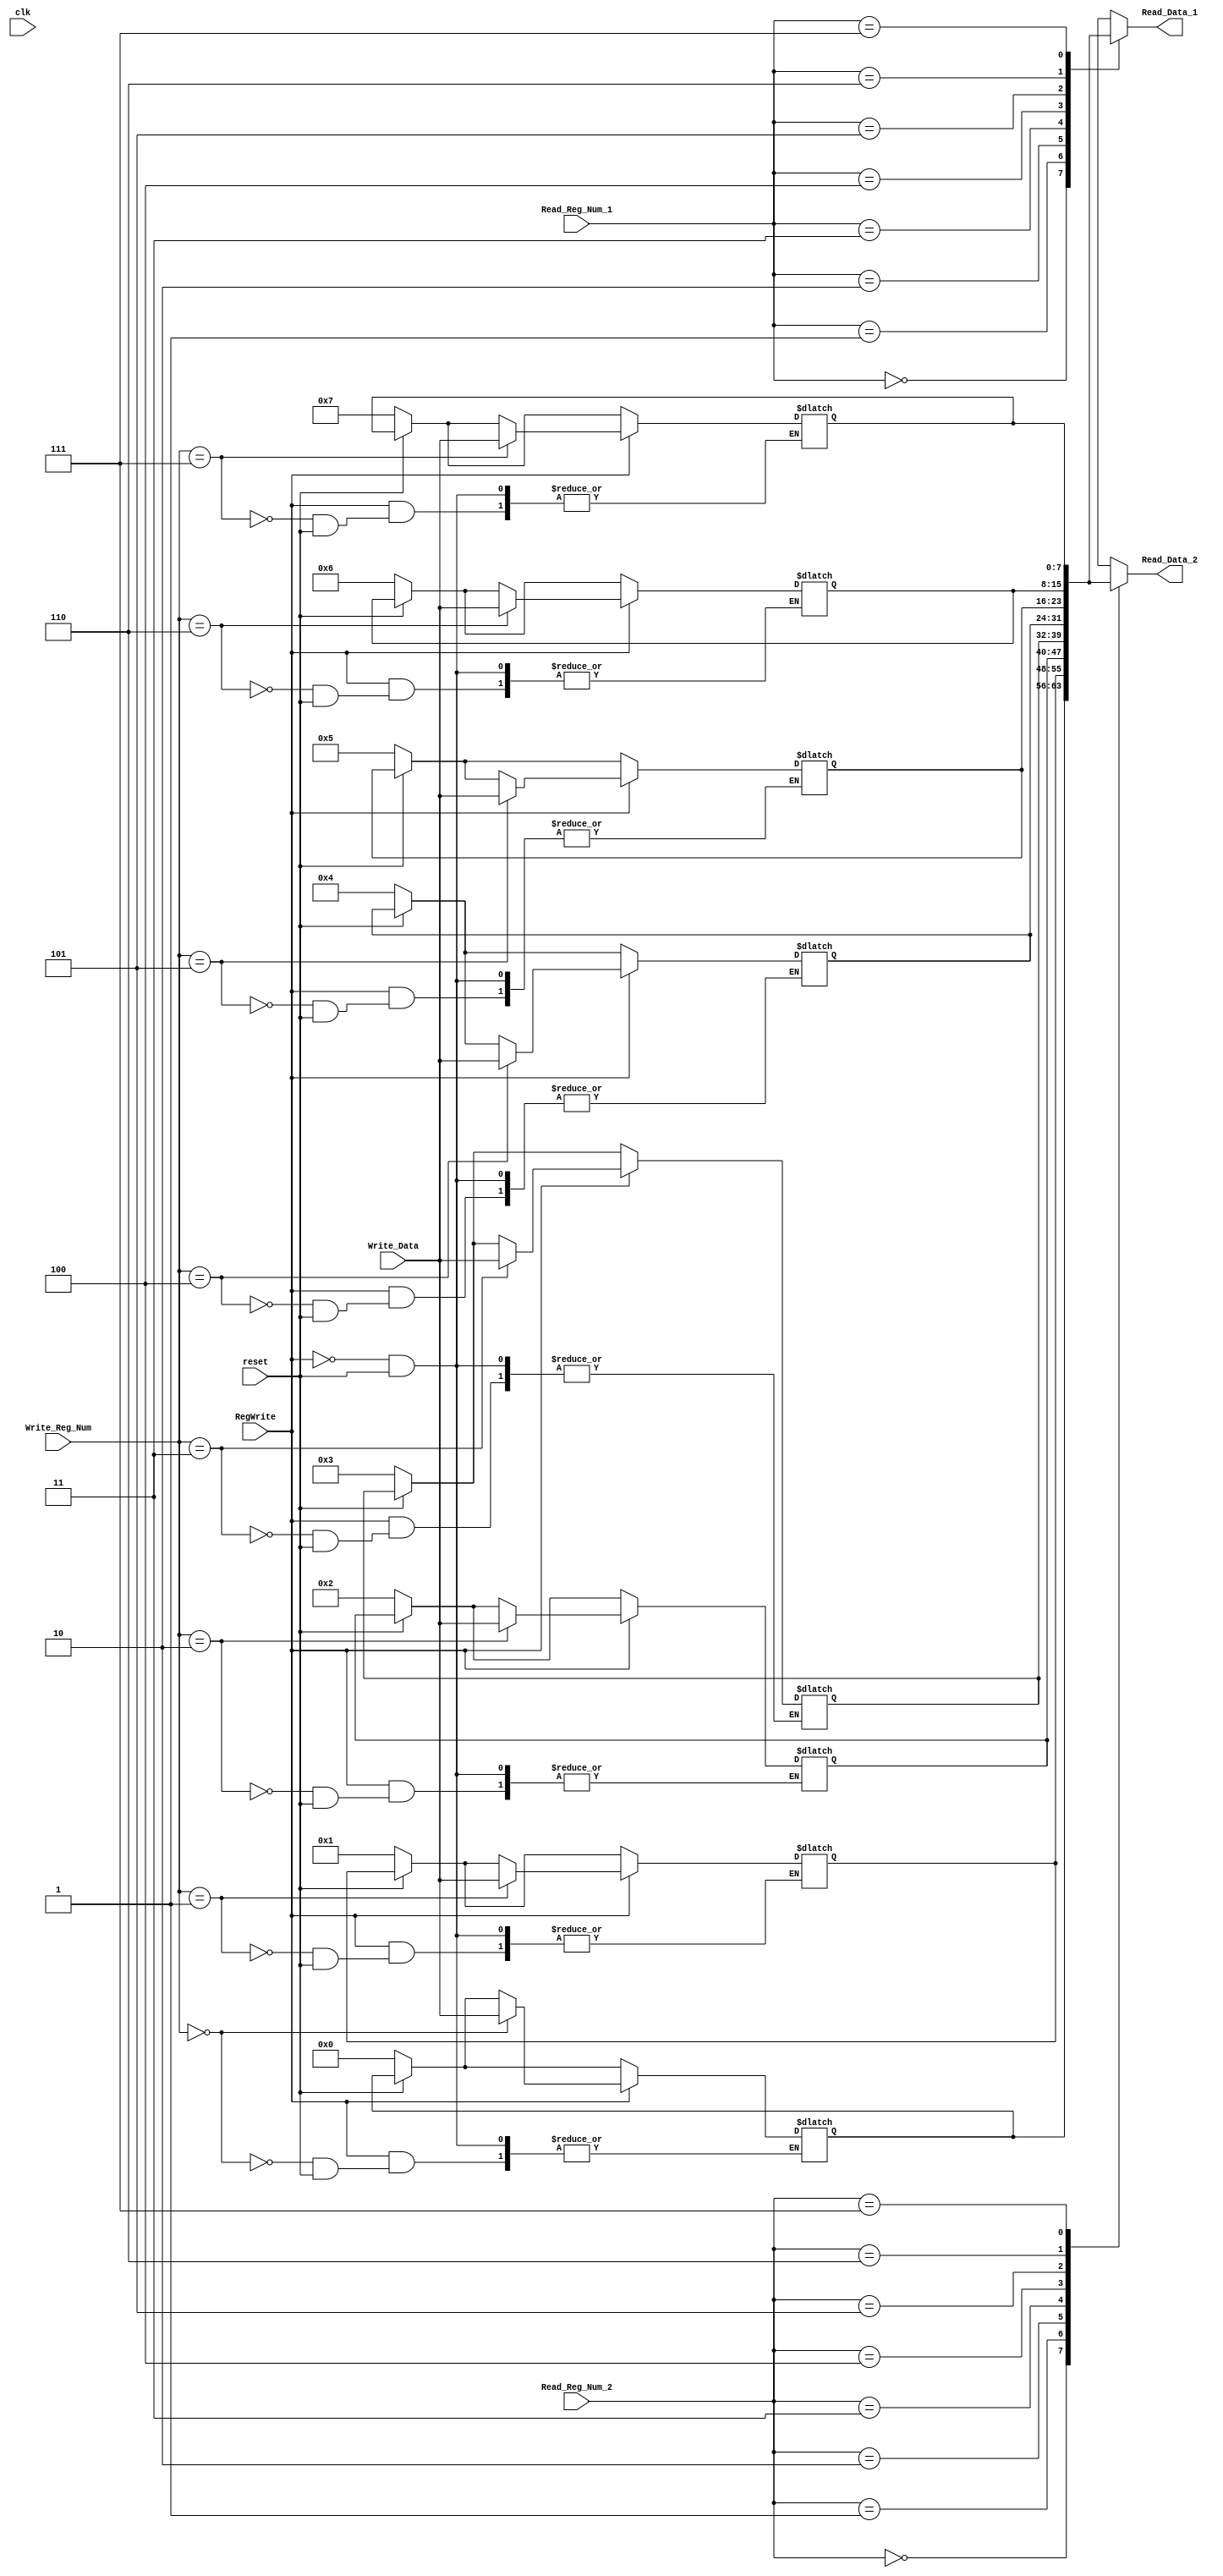
// REGISTER FILE FOR INSTRUCTION DECODE UNIT
// contains 8, 8 bit registers that can be read 2 at a time asynchronously and written at positive clock edge

module Register_file(
input [2:0] Read_Reg_Num_1,
input [2:0] Read_Reg_Num_2,
input [2:0] Write_Reg_Num,
input [7:0]Write_Data,
input RegWrite,
input clk,
input reset,
output [7:0] Read_Data_1,
output [7:0] Read_Data_2
);

//8 8-bit Registers
reg [7:0] Reg [0:7];

//Asynchronously read data 
assign Read_Data_1=Reg[Read_Reg_Num_1]; //Read data present a register location referenced to by Read_Reg_Num_1 into Read_Data_1

assign Read_Data_2=Reg[Read_Reg_Num_2]; //Read data present a register location referenced to by Read_Reg_Num_2 into Read_Data_2

always @ (*)
begin
//Write numbers into registers on reset(active low). Here reset is given to be an asynchronous input.
if(reset==0)
begin
	Reg[0]=0; Reg[1]=1; Reg[2]=2; Reg[3]=3; Reg[4]=4;
	Reg[5]=5; Reg[6]=6; Reg[7]=7;
end
//Write data into registers depending on state of RegWrite at positive edge of clock
if(RegWrite==1)
begin
	Reg[Write_Reg_Num] <= Write_Data;  //Reg referenced to by Write Reg_Num is conferred the value carried by Write_Data
end

end

endmodule